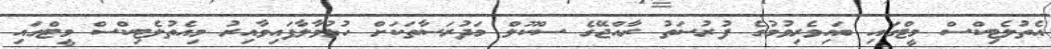
އެތުލެޓިކްސް މީޓްގައި ބައިވެރިވުމުގެ ފުރުސަތު ރާއްޖޭގެ ސްކޫލް މަދުރަސާތަކަށް ހުޅުވާލާފައިވާއިރު މިއެތުލެޓިކްސް މީޓްގައި